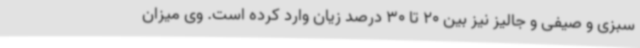
سبزی و صیفی و جالیز نیز بین 20 تا 30 درصد زیان وارد کرده است. وی میزان